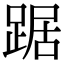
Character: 踞